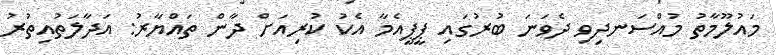
މައުލޫމާތު މުއްސަނދިވި ދެވަނަ ބުރުގައި ޕީޕީއެމާ އެކު ކުރިއަށް ދާން ތައްޔާރު: އަދާލަތުއިތުރު